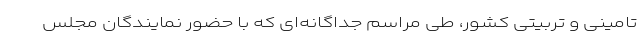
تامینی و تربیتی کشور، طی مراسم جداگانه‌ای که با حضور نمایندگان مجلس